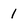
Character: 1